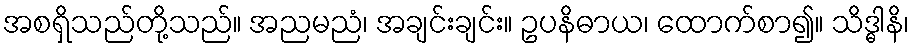
အစရှိသည်တို့သည်။ အညမညံ၊ အချင်းချင်း။ ဥပနိဓာယ၊ ထောက်စာ၍။ သိဒ္ဓါနိ၊